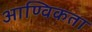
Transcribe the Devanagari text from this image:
आण्विकता